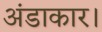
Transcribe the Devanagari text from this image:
अंडाकार।